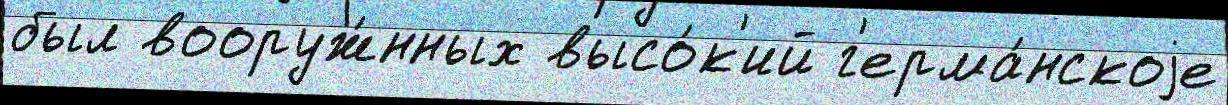
был вооруж́нных высо́к'ий г'ерма́нскоjе